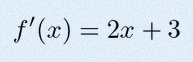
f'(x)=2x+3